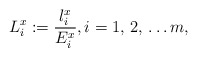
\begin{align*}L_{i}^{x}:=\frac{l_{i}^{x}}{E_{i}^{x}},i=1,\thinspace 2,\thinspace \mathellipsis m,\end{align*}